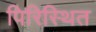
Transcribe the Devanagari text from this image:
पिरिस्थित